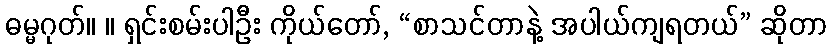
ဓမ္မဂုတ်။ ။ ရှင်းစမ်းပါဦး ကိုယ်တော်, “စာသင်တာနဲ့ အပါယ်ကျရတယ်” ဆိုတာ